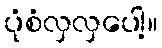
ပုံစံလှလှပေါ့။